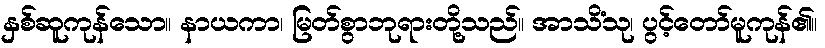
နှစ်ဆူကုန်သော။ နာယကာ၊ မြတ်စွာဘုရားတို့သည်။ အာသိံသု၊ ပွင့်တော်မူကုန်၏။